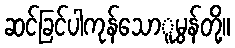
ဆင်ခြင်ပါကုန်သောူမွန်တို့။